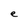
Character: e